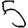
Digit: 5